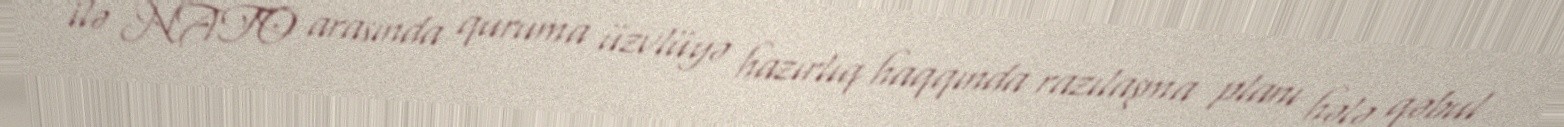
ilə NATO arasında quruma üzvlüyə hazırlıq haqqında razılaşma planı hələ qəbul